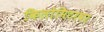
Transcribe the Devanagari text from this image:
किलोमिटरवर